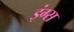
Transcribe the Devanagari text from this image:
इंग्स